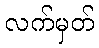
လက်မှတ်